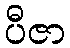
ပီဇာ